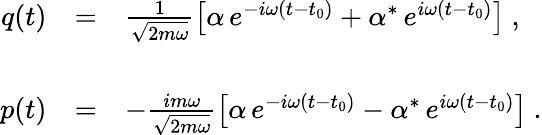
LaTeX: \begin{array}{rcl}{{q(t)}}&{{=}}&{{\frac{1}{\sqrt{2m\omega}}\left[\alpha\, e^{-i\omega(t-t_{0})}+\alpha^{*}\, e^{i\omega(t-t_{0})}\right]\ ,}}\\ {{}}&{{}}&{{}}\\ {{p(t)}}&{{=}}&{{-\frac{im\omega}{\sqrt{2m\omega}}\left[\alpha\, e^{-i\omega(t-t_{0})}-\alpha^{*}\, e^{i\omega(t-t_{0})}\right]\ .}}\end{array}